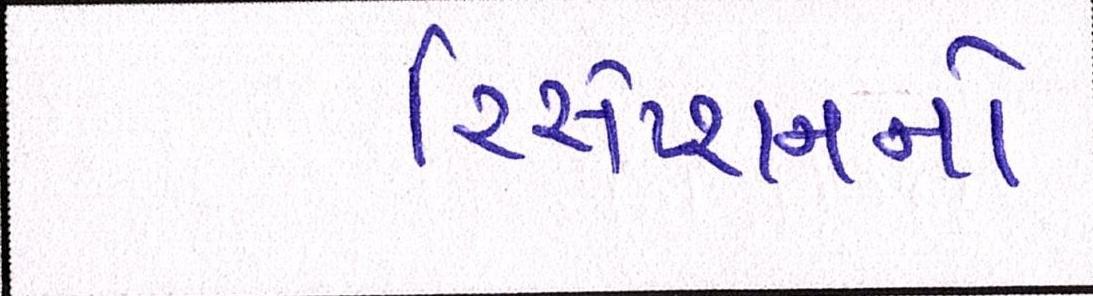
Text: રિસેપ્શનનો